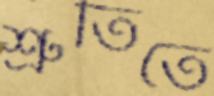
শ্রুতিতে